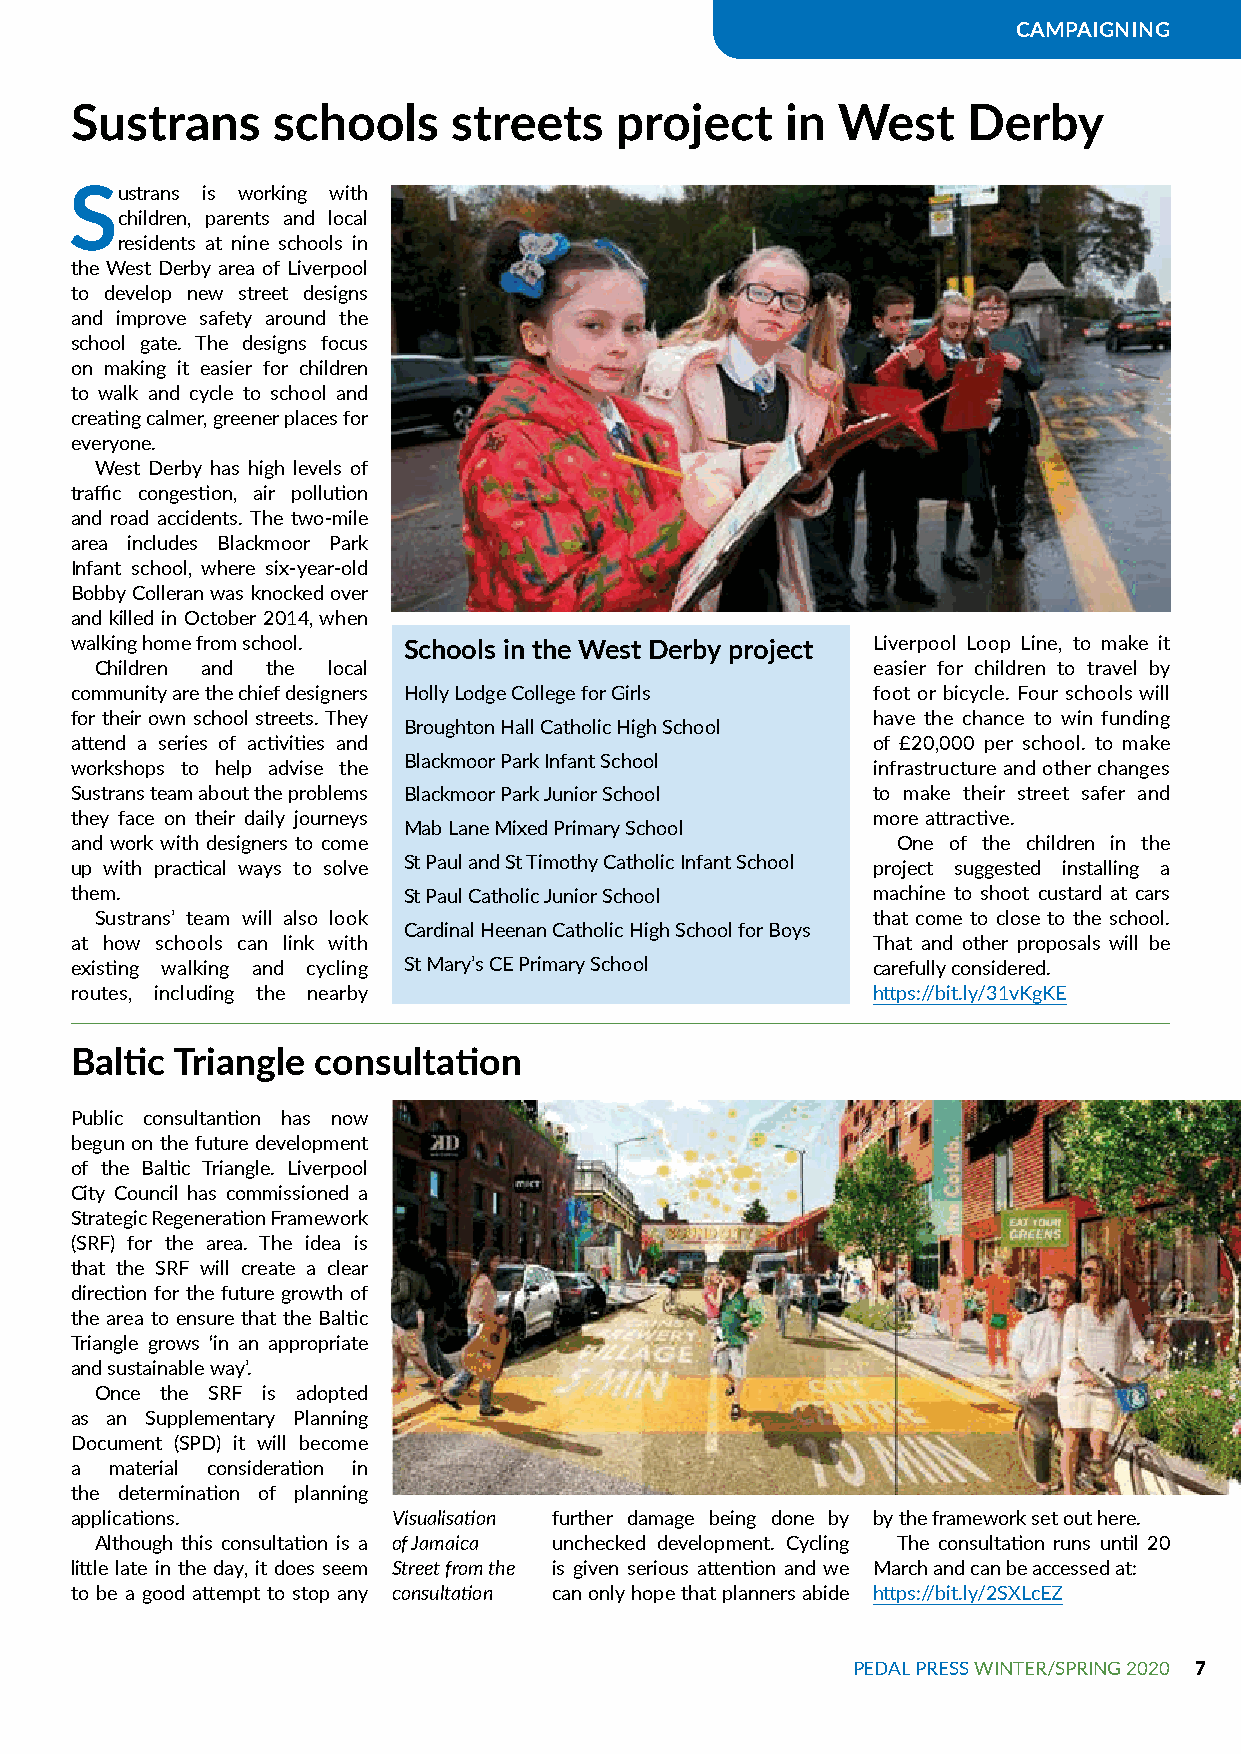
CAMPAIGNING
 Sustrans     schools     streets    project    in West     Derby
 Sustrans is working with
 children, parents and local
 residents at nine schools in
 the West Derby area of Liverpool
 to develop new street designs
 and improve safety around the
 school gate. The designs focus
 on making it easier for children
 to walk and cycle to school and
 creating calmer, greener places for
 everyone.
 West Derby has high levels of
 traffic congestion, air pollution
 and road accidents. The two-mile
 area includes Blackmoor Park
 Infant school, where six-year-old
 Bobby Colleran was knocked over
 and killed in October 2014, when
 walking home from school. Schools in the West Derby project Liverpool Loop Line, to make it
 Children and the local                              easier for children to travel by
 community are the chief designers Holly Lodge College for Girls foot or bicycle. Four schools will
 for their own school streets. They                   have the chance to win funding
 Broughton Hall Catholic High School
 attend a series of activities and                    of £20,000 per school. to make
 Blackmoor Park Infant School
 workshops to help advise the                         infrastructure and other changes
 Sustrans team about the problems Blackmoor Park Junior School to make their street safer and
 they face on their daily journeys                    more attractive.
 Mab Lane Mixed Primary School
 and work with designers to come                       One of the children in the
 up with practical ways to solve St Paul and St Timothy Catholic Infant School project suggested installing a
 them.                 St Paul Catholic Junior School machine to shoot custard at cars
 Sustrans’ team will also look                       that come to close to the school.
 Cardinal Heenan Catholic High School for Boys
 at how schools can link with                         That and other proposals will be
 existing walking and cycling St Mary’s CE Primary School carefully considered.
 routes, including the nearby                         https://bit.ly/31vKgKE
 Baltic Triangle consultation
 Public consultantion has now
 begun on the future development
 of the Baltic Triangle. Liverpool
 City Council has commissioned a
 Strategic Regeneration Framework
 (SRF) for the area. The idea is
 that the SRF will create a clear
 direction for the future growth of
 the area to ensure that the Baltic
 Triangle grows ‘in an appropriate
 and sustainable way’.
 Once the SRF is adopted
 as an Supplementary Planning
 Document (SPD) it will become
 a material consideration in
 the determination of planning
 applications.        Visualisation further damage being done by by the framework set out here.
 Although this consultation is a of Jamaica unchecked development. Cycling The consultation runs until 20
 little late in the day, it does seem Street from the is given serious attention and we March and can be accessed at:
 to be a good attempt to stop any consultation can only hope that planners abide https://bit.ly/2SXLcEZ
 PEDAL PRESS WINTER/SPRING 2020 7